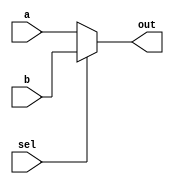
// 

 // Verilog
module mux2(   // 
    a,b,
    sel,
    out
);
    input a,b,sel; //
    output out;
// sel0 outab
// assign
    assign out = (sel==0)?a:b;  // C
    
endmodule